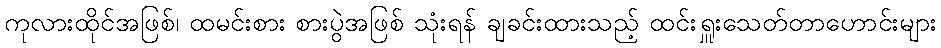
ကုလားထိုင်အဖြစ်၊ ထမင်းစား စားပွဲအဖြစ် သုံးရန် ချခင်းထားသည့် ထင်းရှူးသေတ်တာဟောင်းများ